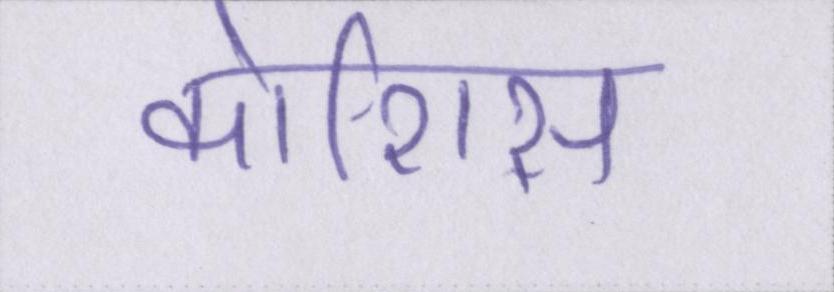
कोशिस